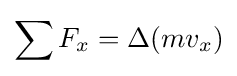
\sum F_{x}=\Delta (mv_{x})